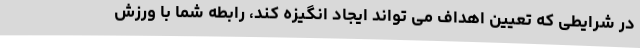
در شرایطی که تعیین اهداف می تواند ایجاد انگیزه کند، رابطه شما با ورزش